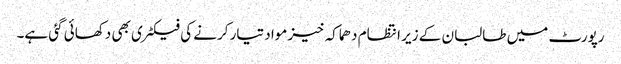
رپورٹ میں طالبان کے زیر انتظام دھماکہ خیز مواد تیار کرنے کی فیکٹری بھی دکھائی گئی ہے۔